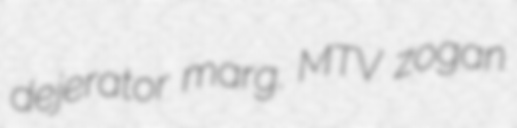
dejerator marg. MTV zogan